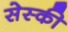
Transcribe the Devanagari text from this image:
सेस्की